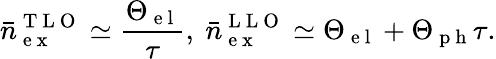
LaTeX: \bar{n}_{\mathrm{~e~x~}}^{\mathrm{~T~L~O~}}\simeq\frac{\Theta_{\mathrm{~e~l~}}}{\tau},~\bar{n}_{\mathrm{~e~x~}}^{\mathrm{~L~L~O~}}\simeq\Theta_{\mathrm{~e~l~}}+\Theta_{\mathrm{~p~h~}}\tau.